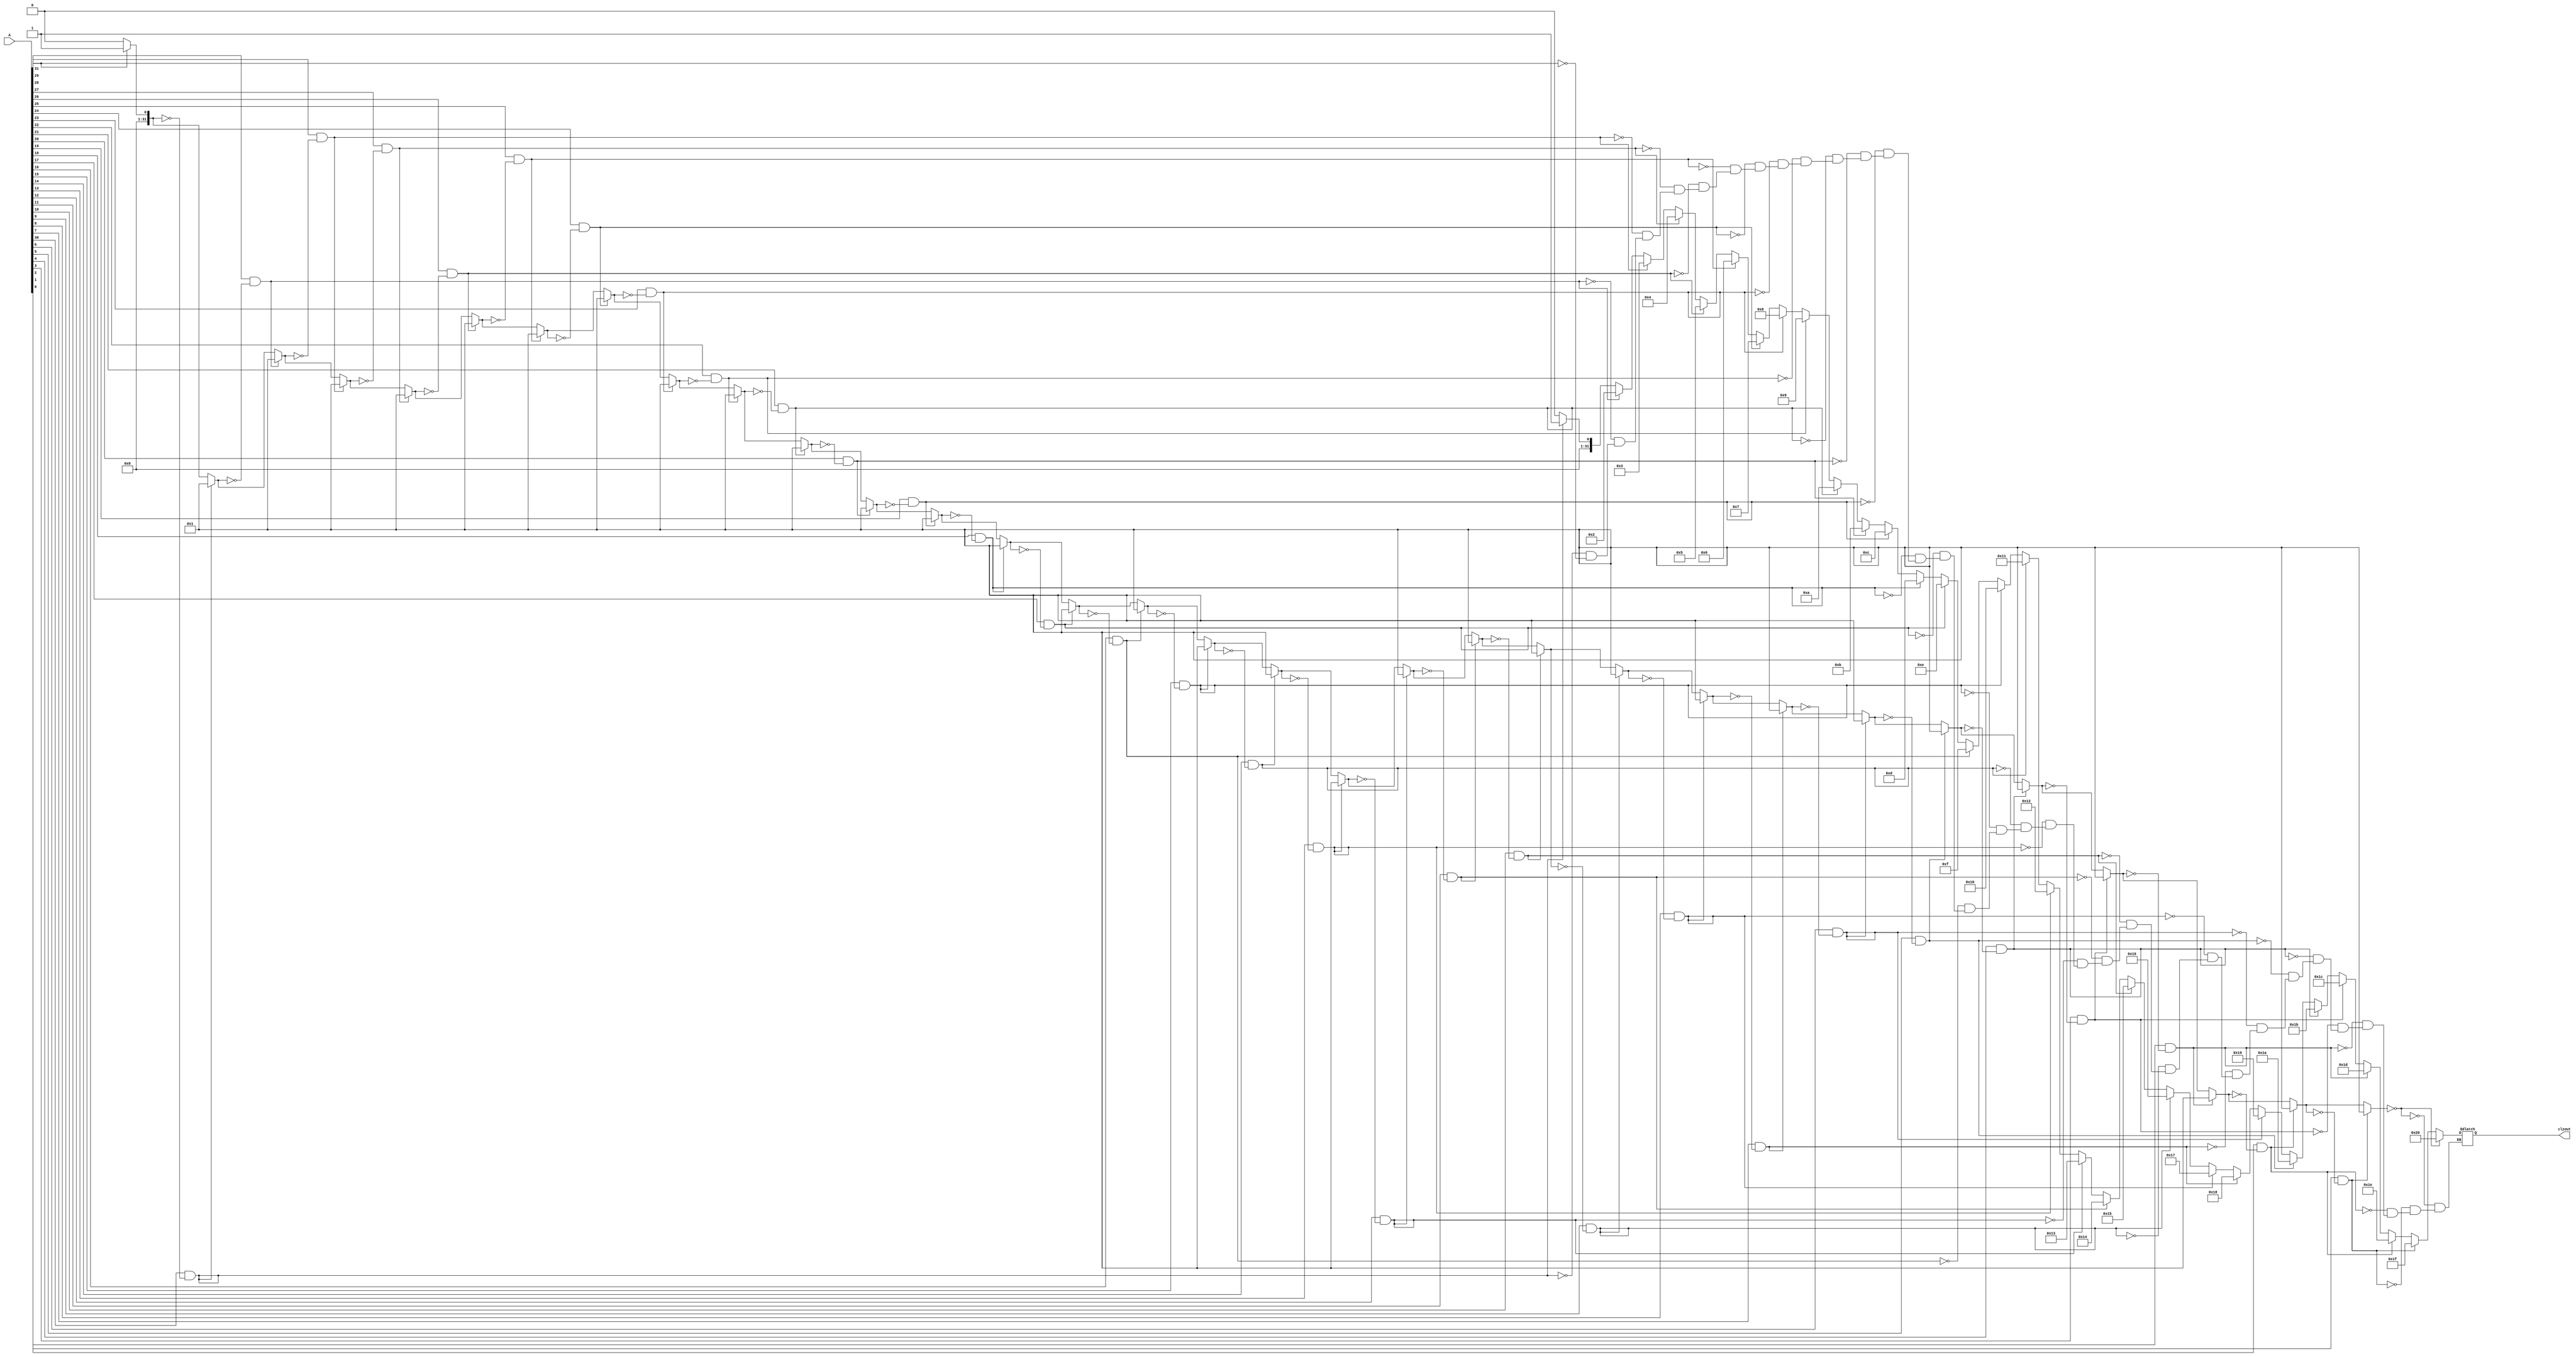
`timescale 1ns / 1ps
//////////////////////////////////////////////////////////////////////////////////
// Company: 
// Engineer: 
// 
// Design Name: 
// Module Name:    clz 
// Project Name: 
// Target Devices: 
// Tool versions: 
// Description: 
//
// Dependencies: 
//
// Revision: 
// Revision 0.01 - File Created
// Additional Comments: 
//
//////////////////////////////////////////////////////////////////////////////////
module clz(
    input [31:0] A,
    output reg [31:0] clzout
    );
	
	
	integer i = 0;
	integer flag = 0;
	
	always @ *
	begin
		flag = 0;
		for(i = 31;i >= 0; i = i - 1)
		begin
			if(A[i] == 1 && flag == 0)
				begin
					clzout = 31 - i;
					flag = 1;
				end
		end
		if(flag == 0)
			begin
				clzout = 32;
			end
	end
	
endmodule